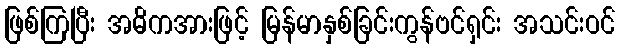
ဖြစ်ကြပြီး အဓိကအားဖြင့် မြန်မာနှစ်ခြင်းကွန်ဗင်ရှင်း အသင်းဝင်